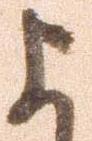
よ